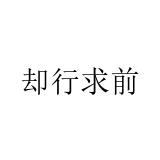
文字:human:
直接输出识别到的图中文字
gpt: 却行求前